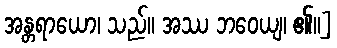
အန္တရာယော၊ သည်။ အဿ ဘဝေယျ၊ ၏။]